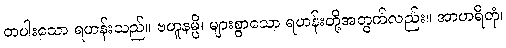
တပါးသော ရဟန်းသည်။ ဗဟူနမ္ပိ၊ များစွာသော ရဟန်းတို့အတွက်လည်း။ အာဟရိတုံ၊